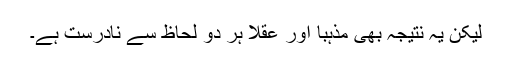
لیکن یہ نتیجہ بھی مذہباً اور عقلاً ہر دو لحاظ سے نادرست ہے۔